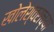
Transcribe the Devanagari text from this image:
खोलेश्वराच्या